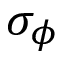
\sigma _ { \phi }